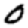
Digit: 0